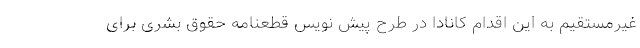
غیرمستقیم به این اقدام کانادا در طرح پیش نویس قطعنامه حقوق بشری برای